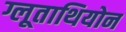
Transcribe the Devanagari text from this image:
ग्लूताथियोन